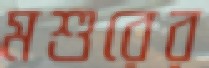
মশুরের